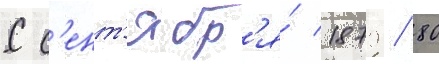
С с'ент'ябр'я́ 1879/ 80